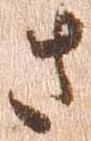
さ